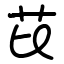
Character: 芘